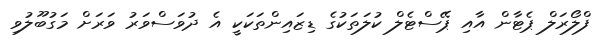
ފްލޯރަލް ޕެޓާން އާއި ޕޭސްޓެލް ކުލަތަކުގެ ޑިޒައިންތަކަކީ އެ ދުވަސްވަރު ވަރަށް މަގުބޫލުވި